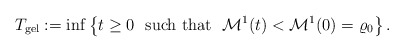
\begin{align*} T_{\mathrm{gel}}:= \inf\left\{t\geq 0 \ \ \mbox{such that} \ \ \mathcal{M}^{1}(t)<\mathcal{M}^{1}(0)=\varrho_{0}\right\}.\end{align*}